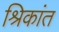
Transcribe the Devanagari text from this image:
श्रिकांत